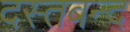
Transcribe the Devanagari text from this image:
दस्तबन्द